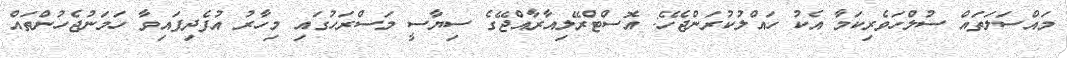
މައްސަލަތައް ސުލްހަވެރިކަމާ އެކު ހައްލުކުރަންޖެހޭ: އޮސްޓްރޭލިއާރާއްޖޭގެ ސިޔާސީ މަސްރަހުގައި މިހާރު އުފެދިފައިވާ ހަމަނުޖެހުންތައް